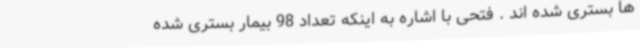
ها بستری شده اند . فتحی با اشاره به اینکه تعداد 98 بیمار بستری شده